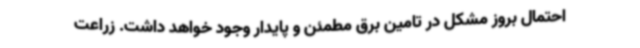
احتمال بروز مشکل در تامین برق مطمئن و پایدار وجود خواهد داشت. زراعت